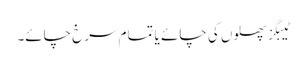
ٹیبگز پھلوں کی چائے یا تمام سرخ چائے۔